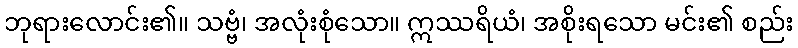
ဘုရားလောင်း၏။ သဗ္ဗံ၊ အလုံးစုံသော။ ဣဿရိယံ၊ အစိုးရသော မင်း၏ စည်း